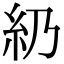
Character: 𥾋